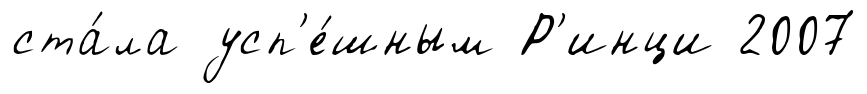
ста́ла усп'е́шным Р'инци 2007